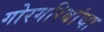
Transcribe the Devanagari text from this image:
गोरगरिबांचा